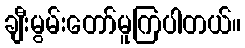
ချီးမွမ်းတော်မူကြပါတယ်။